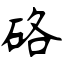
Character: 硌